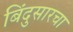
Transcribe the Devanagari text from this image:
बिंदुसारचा